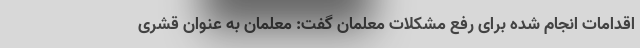
اقدامات انجام شده برای رفع مشکلات معلمان گفت: معلمان به عنوان قشری